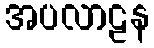
အပလာဠန